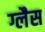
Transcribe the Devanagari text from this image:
ग्लैस